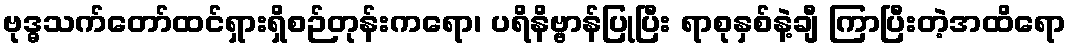
ဗုဒ္ဓသက်တော်ထင်ရှားရှိစဉ်တုန်းကရော၊ ပရိနိဗ္ဗာန်ပြုပြီး ရာစုနှစ်နဲ့ချီ ကြာပြီးတဲ့အထိရော